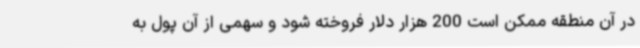
در آن منطقه ممکن است 200 هزار دلار فروخته شود و سهمی از آن پول به